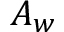
A _ { w }